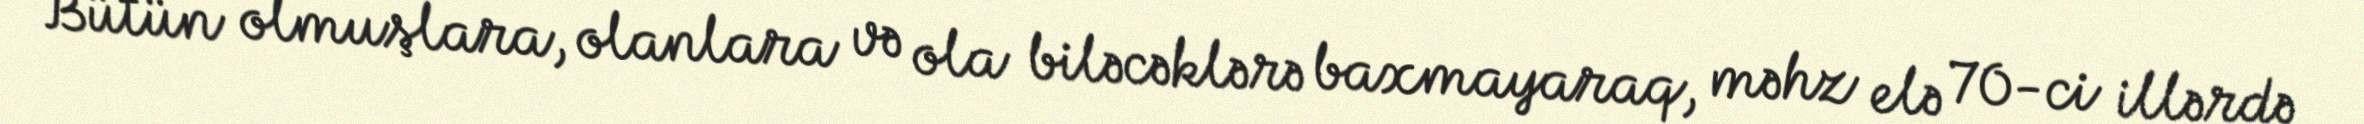
Bütün olmuşlara, olanlara və ola biləcəklərə baxmayaraq, məhz elə 70-ci illərdə